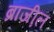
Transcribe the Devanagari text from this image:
ब्राजी़ल